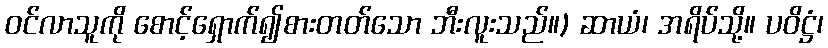
ဝင်လာသူကို စောင့်ရှောက်၍စားတတ်သော ဘီးလူးသည်။) ဆာယံ၊ အရိပ်သို့။ ပဝိဋ္ဌံ၊